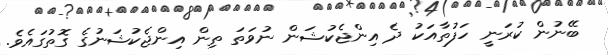
ބޭނުން ކުރަނީ ހަފުތާއަކު ދެ އިންޖެކުޝަން ނުވަތަ ތިން އިންޖެކުޝަނުގެ ގޮތުގައެވެ.